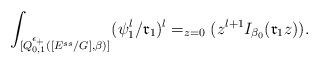
LaTeX: \begin{align*}\int_{[Q^{\epsilon_{+}}_{0,1}([E^{ss}/G],\beta)]^{}}({\psi}^l_1/\mathfrak{r}_1)^l=_{z=0}(z^{l+1}I_{\beta_0}(\mathfrak{r}_1z)).\end{align*}